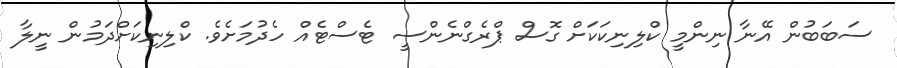
ސަބަބުން އޭނާ ނިންމީ ކްލިނިކަކަށް ގޮސް ޕްރެގްނެންސީ ޓެސްޓެއް ހެދުމަށެވެ. ކްލިނިކަށްދަމުން ނީލާ